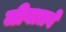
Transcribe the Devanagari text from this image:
जीवातवे